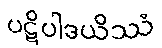
ပဋိပါဒယိဿံ